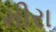
મીરા